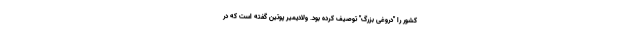
کشور را "دروغی بزرگ" توصیف کرده بود. ولادیمیر پوتین گفته است که در